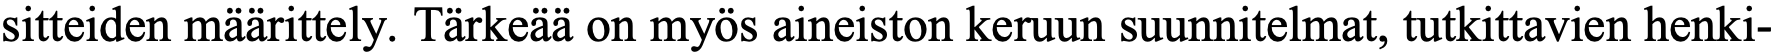
sitteiden määrittely. Tärkeää on myös aineiston keruun suunnitelmat, tutkittavien henki-